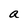
Character: a